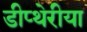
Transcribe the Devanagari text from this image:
डीप्थेरीया